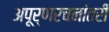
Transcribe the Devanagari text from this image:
अपूर्णरचनांतरी